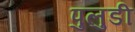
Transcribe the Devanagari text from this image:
पुलुडी